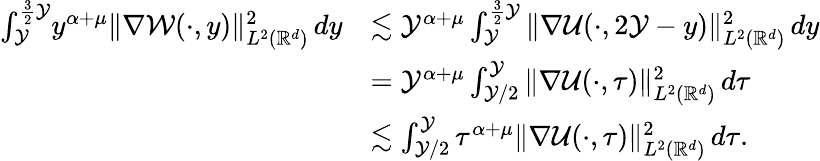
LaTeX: \begin{array}{rl}{\int_{\mathcal{Y}}^{\frac{3}{2}\mathcal{Y}}{\! y^{\alpha+\mu}\| \nabla\mathcal{W}(\cdot,y)\| _{L^{2}(\mathbb{R}^{d})}^{2}\, dy}}&{\lesssim\mathcal{Y}^{\alpha+\mu}\int_{\mathcal{Y}}^{\frac{3}{2}\mathcal{Y}}{\| \nabla\mathcal{U}(\cdot,2\mathcal{Y}-y)\| _{L^{2}(\mathbb{R}^{d})}^{2}\, dy}}\\ &{=\mathcal{Y}^{\alpha+\mu}\int_{\mathcal{Y}/2}^{\mathcal{Y}}{\| \nabla\mathcal{U}(\cdot,\tau)\| _{L^{2}(\mathbb{R}^{d})}^{2}\, d\tau}}\\ &{\lesssim\int_{\mathcal{Y}/2}^{\mathcal{Y}}{\tau^{\alpha+\mu}\| \nabla\mathcal{U}(\cdot,\tau)\| _{L^{2}(\mathbb{R}^{d})}^{2}\, d\tau}.}\end{array}